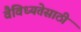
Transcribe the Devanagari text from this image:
वैविध्यतेसाठी